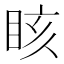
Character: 䀭